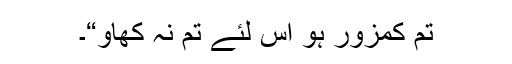
تم کمزور ہو اس لئے تم نہ کھاؤ“۔